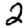
Digit: 2